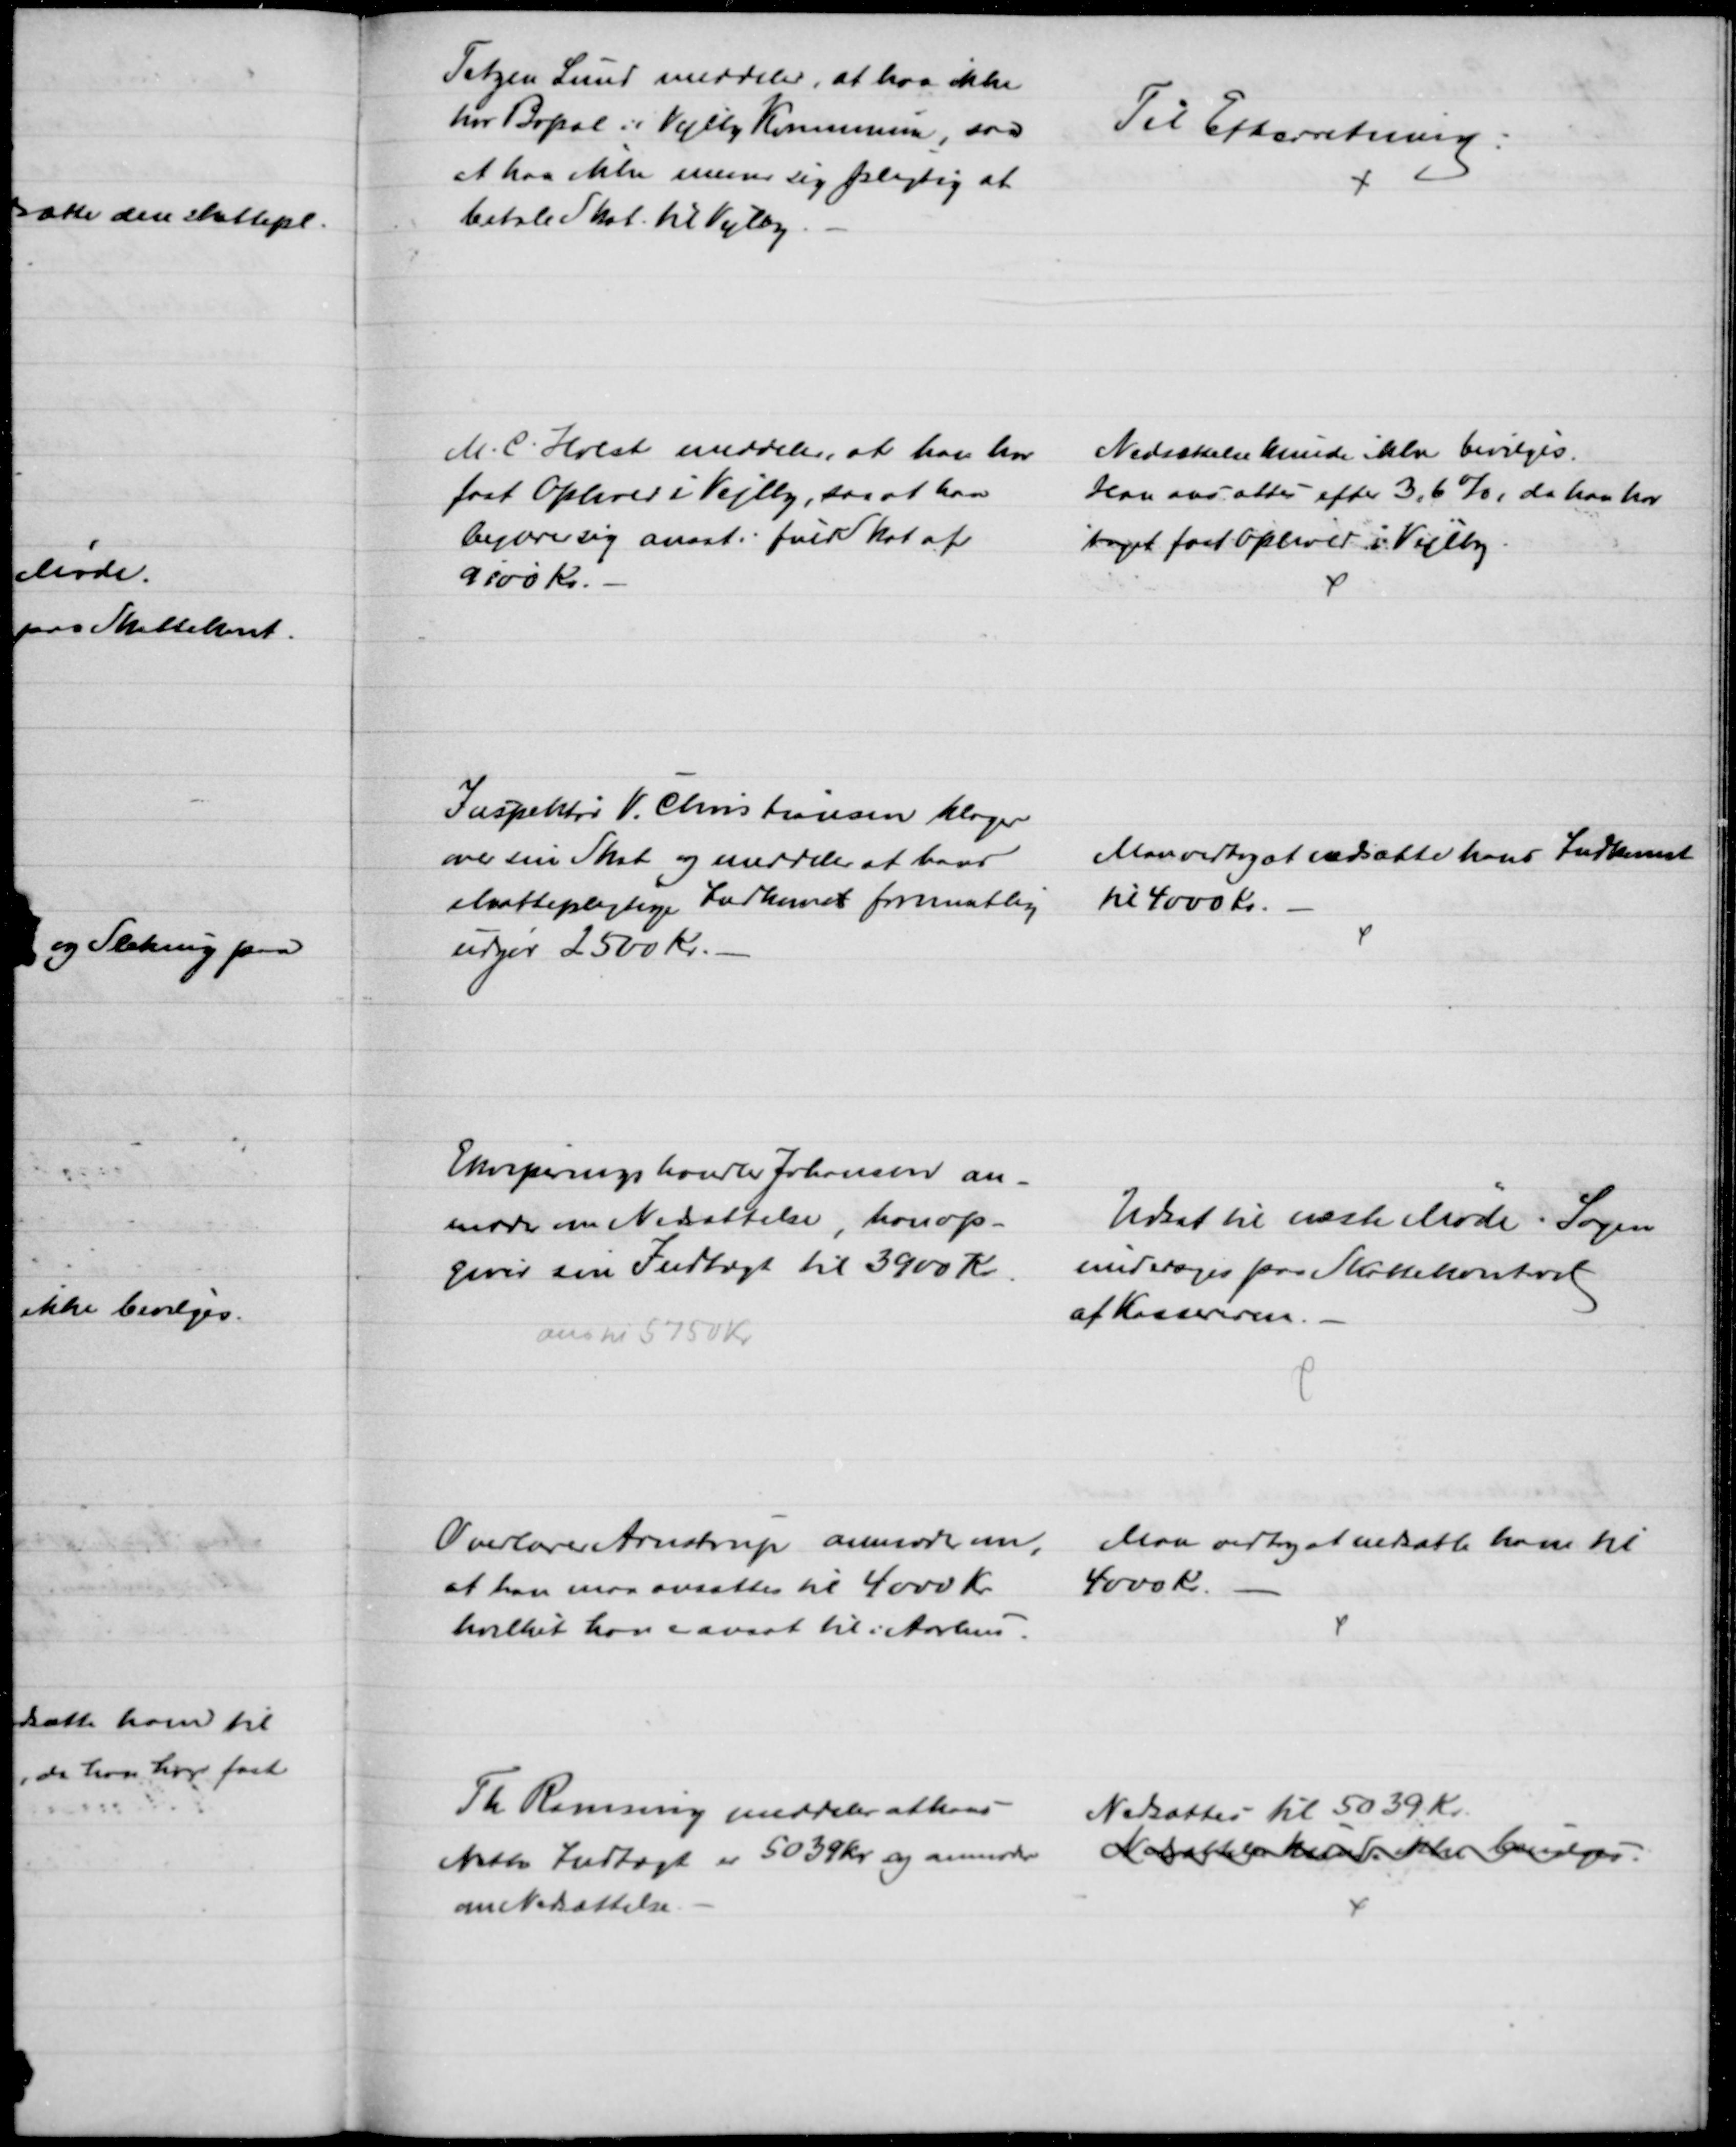
Transskription:
Tetzen Lund meddeler, at han ikke
har Bopæl i Vejlby Kommune, saa
at han ikke mener sig pligtig at 
betale Skat til Vejlby.
Til Efterretning.
M. C. Holst meddeler, at han har 
fast Ophold i Vejlby, saa at han
begærer sig ansat i fuld Skat af
9100 kr.
Nedsættelse kunde selv bevilges.
Han ansattes efter 3,6 %, da han har
taget fast ophold i Vejlby.
Inspektør V. Christiansen klager
over sin Skat og meddeler at hans
skattepligtige Indkomst formentlig
udgør 2500 Kr.
Man vedtog at nedsætte hans Indkomst
til 4000 Kr.
Ekviperingshandler Johansen an-
moder om Nedsættelse, han op-
giver sin Indtægt til 3900 Kr
ans til 5750 Kr.
Udsat til næste Møde. Sagen
undersøges paa Skattekontoret
af Kassereren.
Overlærer Arnstrup anmoder om,
at han maa ansættes til 4000 Kr
hvilket han er ansat til i Aarhus.
Man vedtog at nedsætte ham til 
4000 Kr.
Th. Ramsing meddeler at hans
Netto Indtægt er 5039 Kr og anmoder
om Nedsættelse.
Nedsattes til 5039 Kr.
Nedsættelse kunde ikke bevilges.